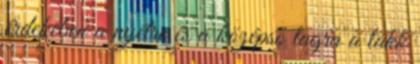
érdekében a nyélre és a középső tagra a lakk